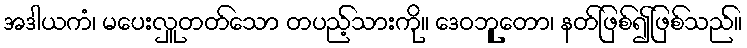
အဒါယကံ၊ မပေးလှူတတ်သော တပည့်သားကို။ ဒေဝဘုူတော၊ နတ်ဖြစ်၍ဖြစ်သည်။